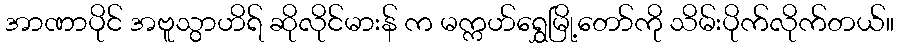
အာဏာပိုင် အဗူသွာဟိရ် ဆိုလိုင်မားန် က မက္ကဟ်ရွှေမြို့တော်ကို သိမ်းပိုက်လိုက်တယ်။